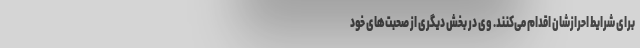
برای شرایط احرازشان اقدام می‌کنند. وی در بخش دیگری از صحبت‌های خود